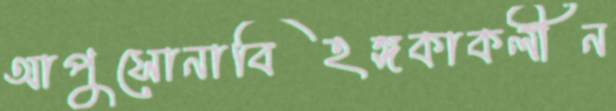
আপুসোনাবিহঙ্গকাকলীন